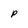
Character: P